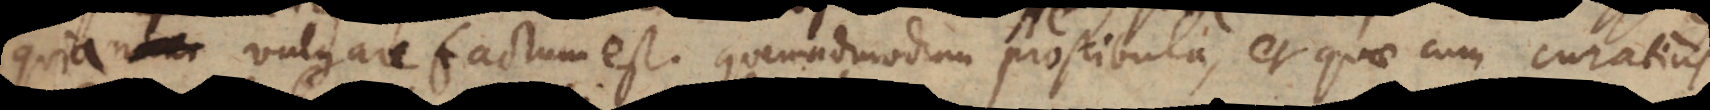
quia vulgare factum est. Quemadmodum prostibula, et quae cum curatius